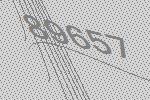
89657